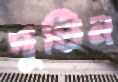
দুতিন